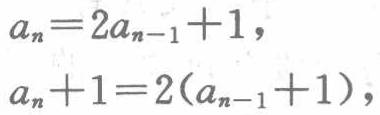
\[
\begin{align*}
a_{n}&=2a_{n - 1}+1,\\
a_{n}+1&=2(a_{n - 1}+1),
\end{align*}
\]